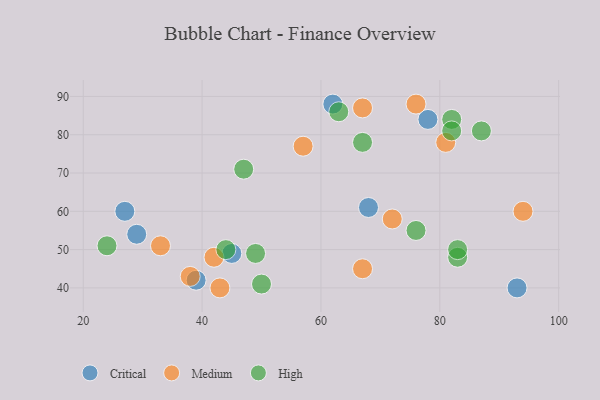
{"axis": {"x": "GDP", "y": "Life Expectancy"}, "legend": ["Critical", "High", "Medium"], "data": [{"x": "29", "y": 54, "type": "Critical"}, {"x": "93", "y": 40, "type": "Critical"}, {"x": "27", "y": 60, "type": "Critical"}, {"x": "68", "y": 61, "type": "Critical"}, {"x": "39", "y": 42, "type": "Critical"}, {"x": "45", "y": 49, "type": "Critical"}, {"x": "62", "y": 88, "type": "Critical"}, {"x": "78", "y": 84, "type": "Critical"}, {"x": "38", "y": 43, "type": "Medium"}, {"x": "72", "y": 58, "type": "Medium"}, {"x": "57", "y": 77, "type": "Medium"}, {"x": "81", "y": 78, "type": "Medium"}, {"x": "67", "y": 87, "type": "Medium"}, {"x": "43", "y": 40, "type": "Medium"}, {"x": "94", "y": 60, "type": "Medium"}, {"x": "33", "y": 51, "type": "Medium"}, {"x": "42", "y": 48, "type": "Medium"}, {"x": "67", "y": 45, "type": "Medium"}, {"x": "76", "y": 88, "type": "Medium"}, {"x": "82", "y": 84, "type": "High"}, {"x": "76", "y": 55, "type": "High"}, {"x": "24", "y": 51, "type": "High"}, {"x": "50", "y": 41, "type": "High"}, {"x": "63", "y": 86, "type": "High"}, {"x": "44", "y": 50, "type": "High"}, {"x": "83", "y": 48, "type": "High"}, {"x": "82", "y": 81, "type": "High"}, {"x": "47", "y": 71, "type": "High"}, {"x": "87", "y": 81, "type": "High"}, {"x": "49", "y": 49, "type": "High"}, {"x": "67", "y": 78, "type": "High"}, {"x": "83", "y": 50, "type": "High"}]}